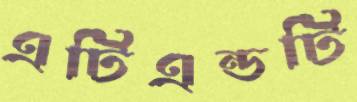
এটিএন্ডটি